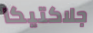
جلاكتيكا